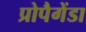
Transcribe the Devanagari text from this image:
प्रोपैगेंडा